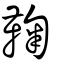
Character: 𩌽